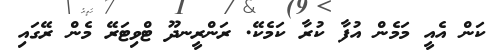
ކަން އެއީ މަމެން އުފާ ކުރާ ކަމެކޭ. ރަންރީނދޫ ޓްވިޓަރޭ މެން ރޭގައި